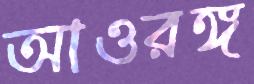
আওরঙ্গ